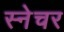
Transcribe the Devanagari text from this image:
स्नेचर